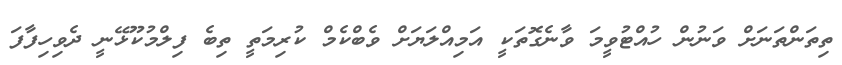
ތިތަންތަނަށް ވަނުން ހުއްޓުވީމަ ވާނެގޮތަކީ އަމިއްލަޔަށް ވެބްކެމް ކުރިމަތީ ތިބެ ފިލްމުކޫޅޭނީ ދެވިހިފާފަ